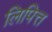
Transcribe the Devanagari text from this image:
लिपित्त